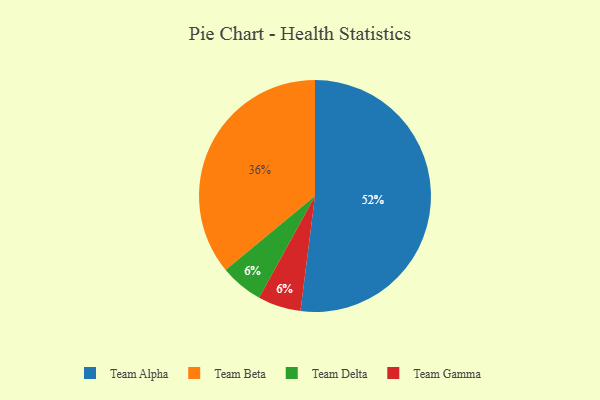
{"axis": {"x": "Category", "y": "Percentage"}, "legend": ["Team Alpha", "Team Beta", "Team Delta", "Team Gamma"], "data": [{"x": "Team Delta", "y": 6, "type": "Team Delta"}, {"x": "Team Alpha", "y": 52, "type": "Team Alpha"}, {"x": "Team Gamma", "y": 6, "type": "Team Gamma"}, {"x": "Team Beta", "y": 36, "type": "Team Beta"}]}